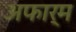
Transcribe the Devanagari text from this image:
अफार्म